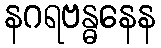
နဂရဗန္ဓနေန